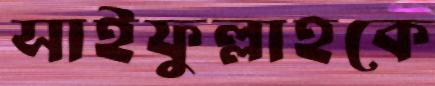
সাইফুল্লাহকে